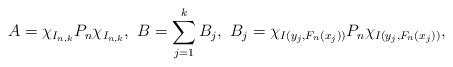
LaTeX: \begin{align*}A=\chi_{I_{n,k}} P_n\chi_{I_{n,k}},\ B=\sum\limits_{j=1}^kB_j,\ B_j=\chi_{I(y_j, F_n(x_j))} P_n\chi_{I(y_j, F_n(x_j))},\end{align*}